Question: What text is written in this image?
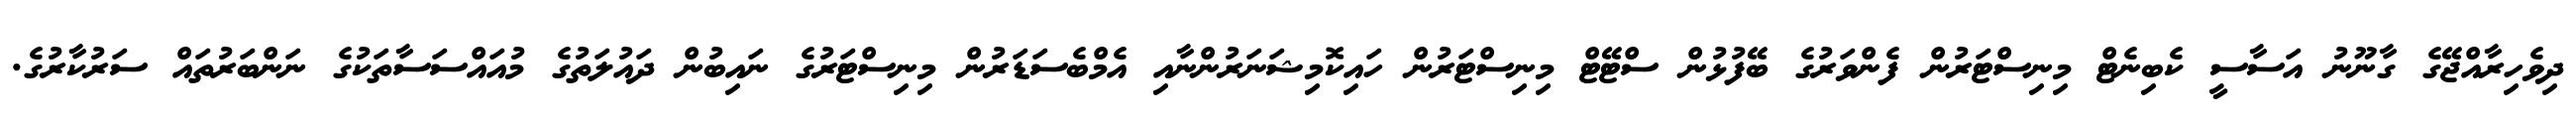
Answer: ދިވެހިރާއްޖޭގެ ގާނޫނު އަސާސީ ކެބިނެޓް މިނިސްޓަރުން ފެންވަރުގެ ބޭފުޅުން ސްޓޭޓް މިނިސްޓަރުން ހައިކޮމިޝަނަރުންނާއި އެމްބެސަޑަރުން މިނިސްޓަރުގެ ނައިބުން ދައުލަތުގެ މުއައްސަސާތަކުގެ ނަންބަރުތައް ސަރުކާރުގެ.